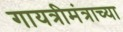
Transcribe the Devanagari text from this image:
गायत्रीमंत्राच्या